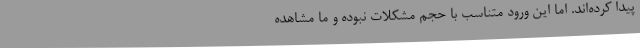
پیدا کرده‌اند. اما این ورود متناسب با حجم مشکلات نبوده و ما مشاهده